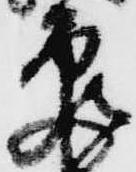
亀